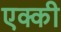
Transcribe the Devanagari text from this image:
एक्की